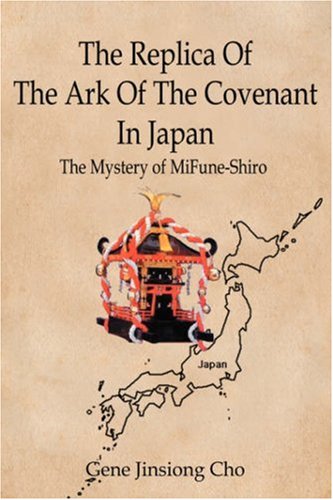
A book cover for The Replica Of The Ark Of The Covenant In  Japan: The Mystery of MiFune-Shiro; Gene Cho; Religion & Spirituality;